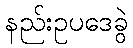
နည်းဥပဒေခွဲ